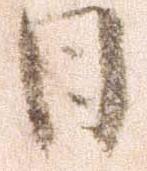
日